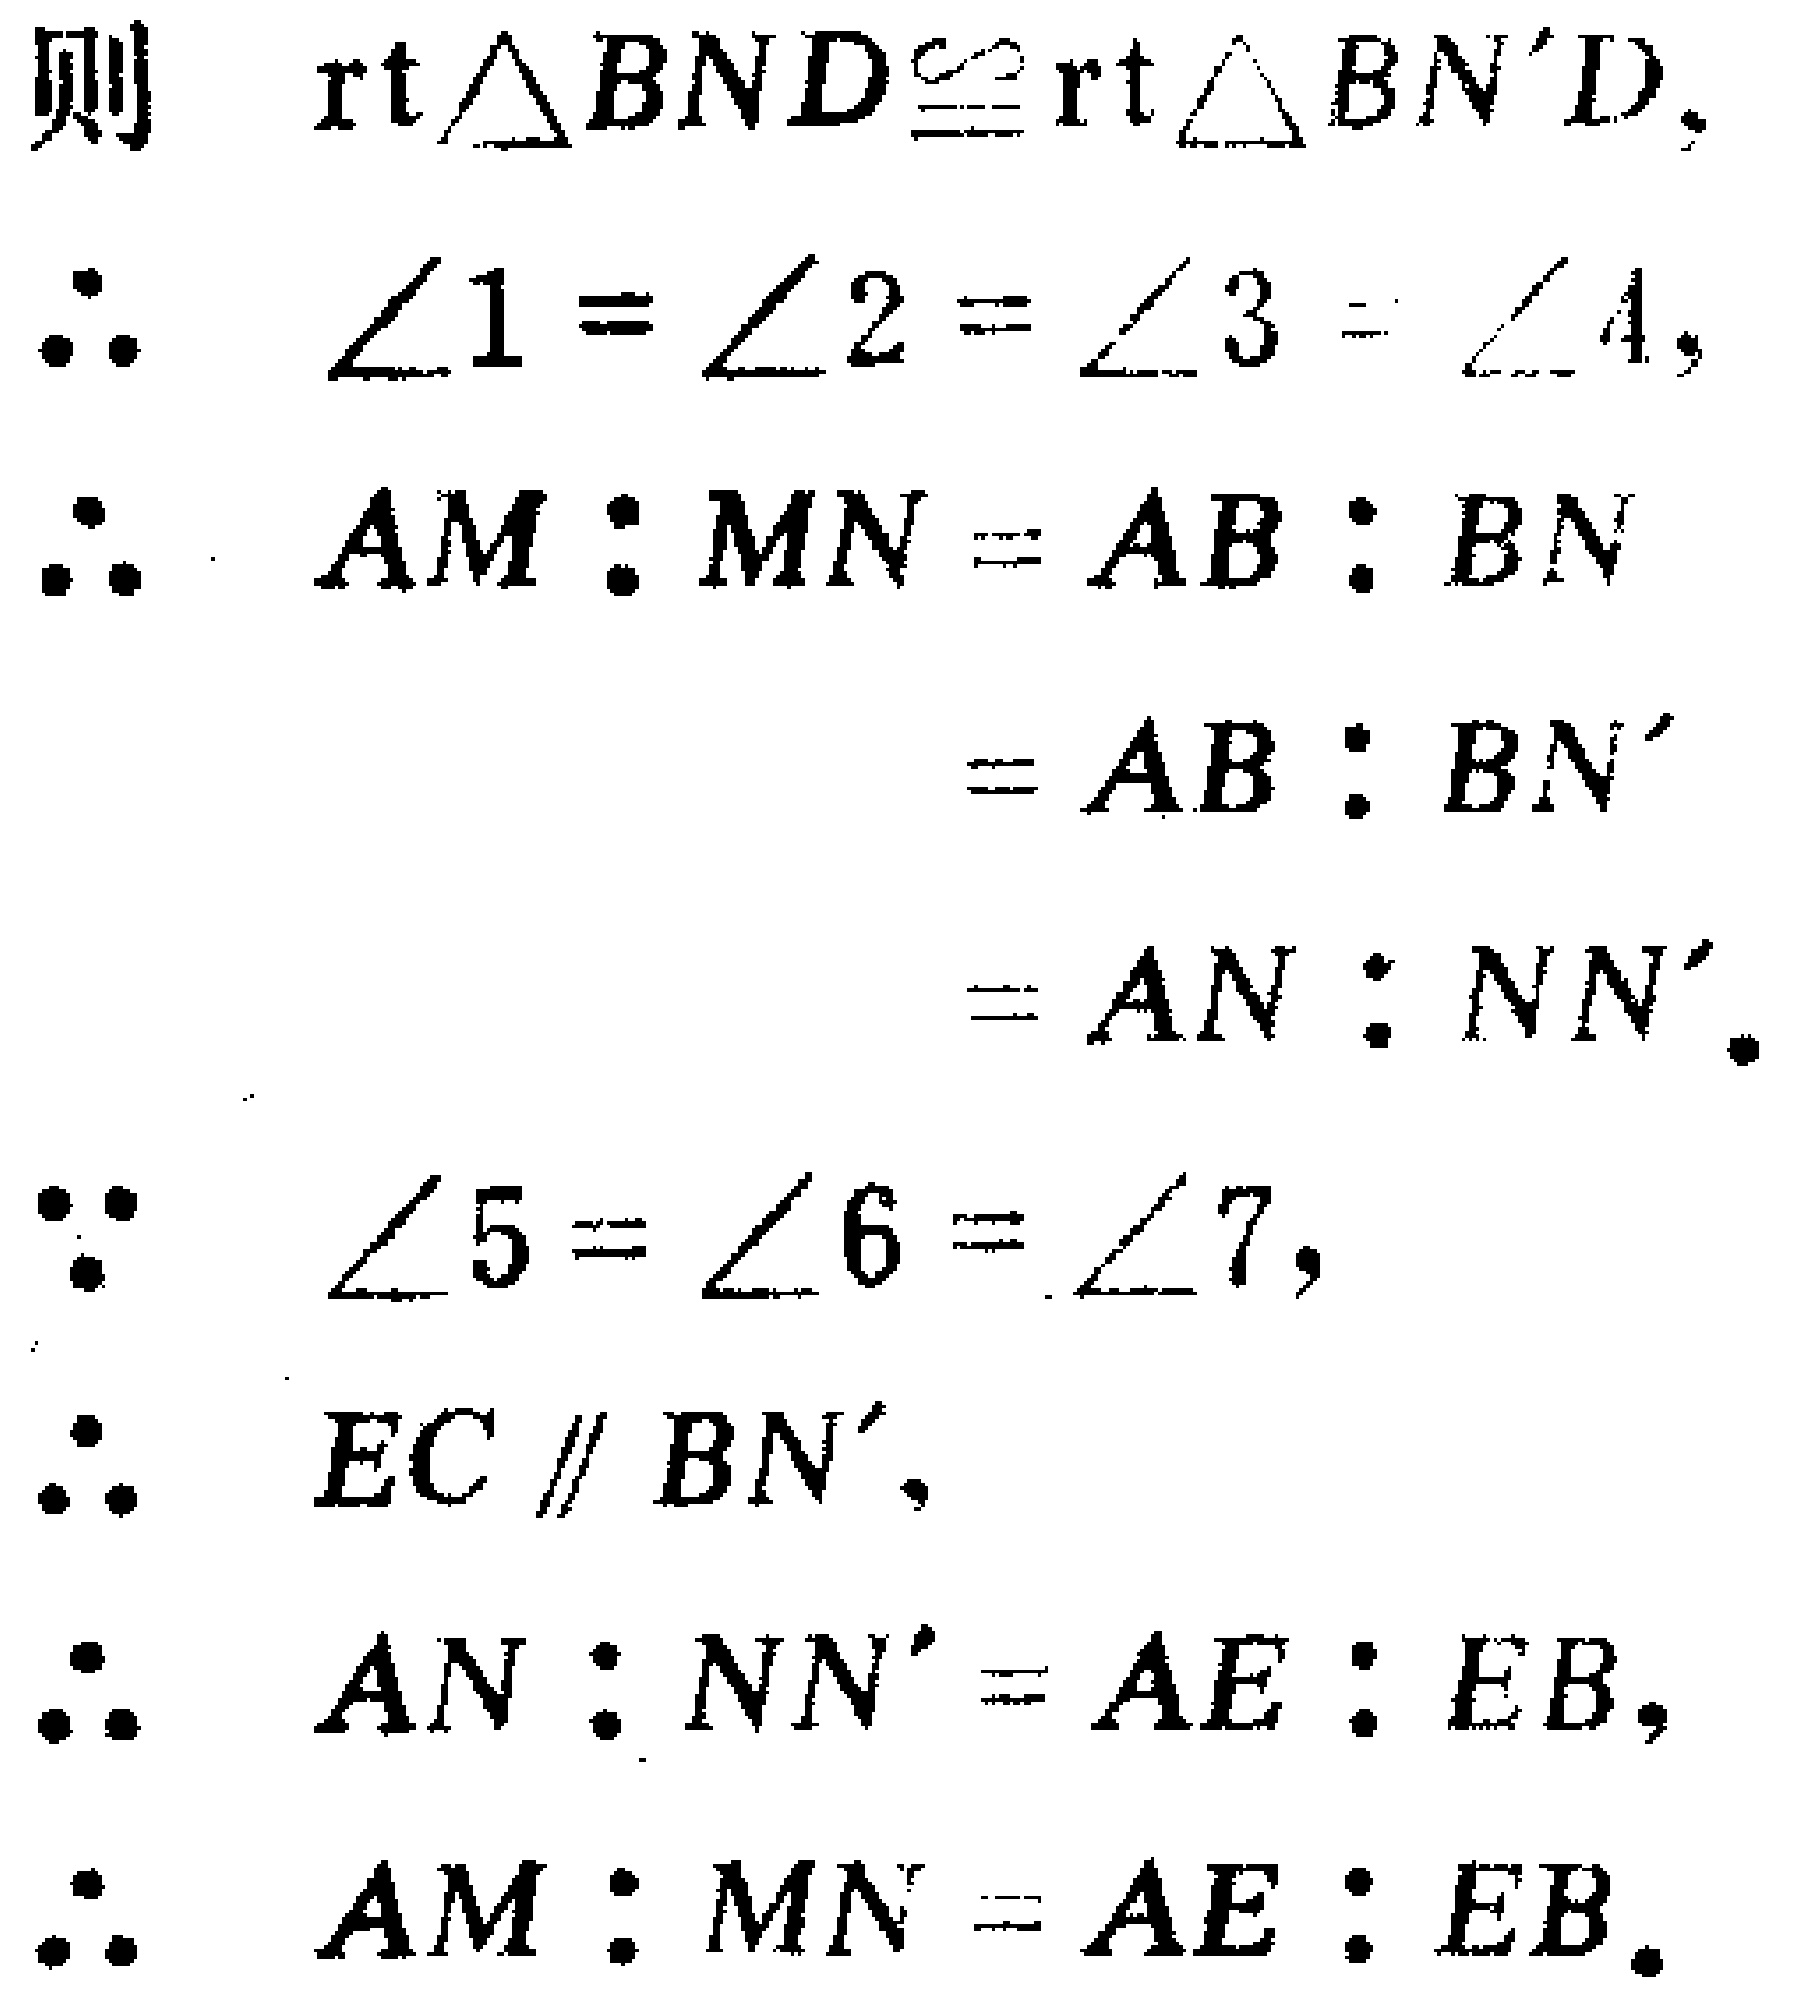
\begin{align*}
&\text{则}\quad \text{rt}\triangle BND\cong\text{rt}\triangle BN'D,\\
&\therefore\quad \angle1 = \angle2 = \angle3 = \angle4,\\
&\therefore\quad AM:MN = AB:BN\\
&\qquad\qquad\quad= AB:BN'\\
&\qquad\qquad\quad= AN:NN'.\\
&\because\quad \angle5 = \angle6 = \angle7,\\
&\therefore\quad EC\parallel BN',\\
&\therefore\quad AN:NN' = AE:EB,\\
&\therefore\quad AM:MN = AE:EB.\\
&\therefore\quad AM:MN = AE:EB.
\end{align*}